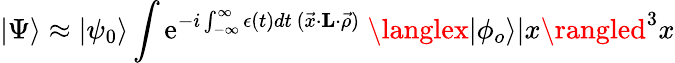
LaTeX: |\Psi\rangle\approx|\psi_{0}\rangle\int\mathrm{e}^{-i\int_{-\infty}^{\infty}\epsilon(t)dt{}~(\vec{{x}}\cdot{\mathbf{L}}\cdot\vec{{\rho}})}~\langlex|\phi_{o}\rangle|x\rangled^{3}x